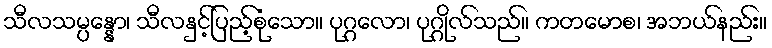
သီလသမ္ပန္နော၊ သီလနှင့်ပြည့်စုံသော။ ပုဂ္ဂလော၊ ပုဂ္ဂိုလ်သည်။ ကတမောစ၊ အဘယ်နည်း။